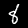
Digit: 8